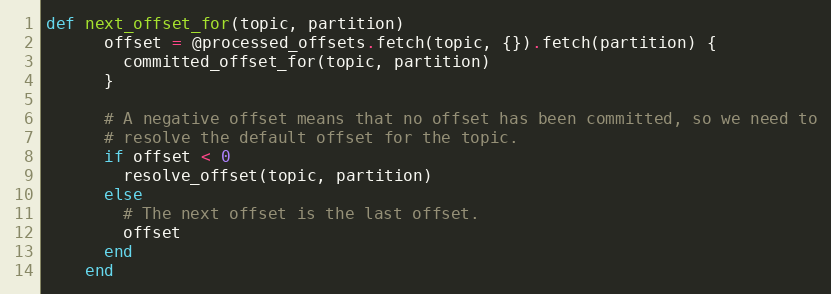
Language: Ruby
def next_offset_for(topic, partition)
      offset = @processed_offsets.fetch(topic, {}).fetch(partition) {
        committed_offset_for(topic, partition)
      }

      # A negative offset means that no offset has been committed, so we need to
      # resolve the default offset for the topic.
      if offset < 0
        resolve_offset(topic, partition)
      else
        # The next offset is the last offset.
        offset
      end
    end